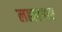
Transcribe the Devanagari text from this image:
लहलहाए